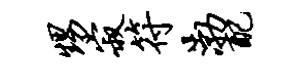
甥寂符渤配